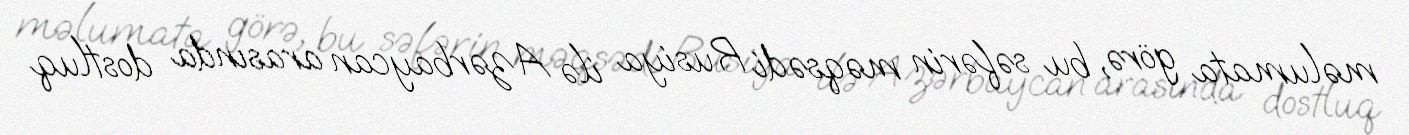
məlumata görə, bu səfərin məqsədi Rusiya ilə Azərbaycan arasında dostluq